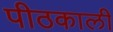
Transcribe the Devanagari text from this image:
पीठकाली